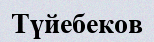
Түйебеков